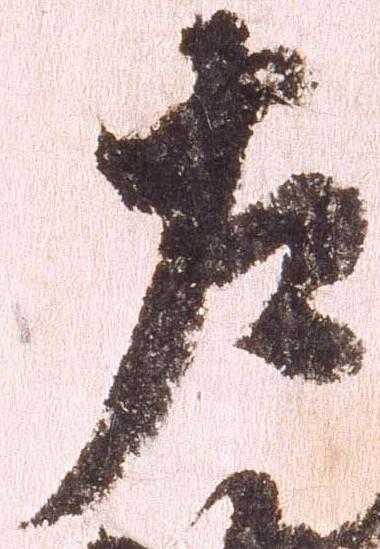
左